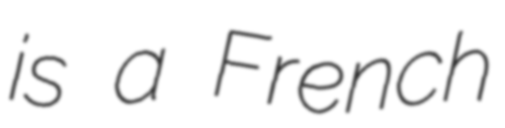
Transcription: is a French